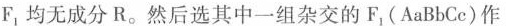
F_{1}均无成分R。然后选其中一组杂交的F_{1}(AaBbCc)作